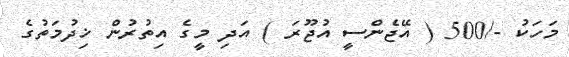
މަހަކު -/500 ( އޭޖެންސީ އުޖޫރަ ) އަދި މީގެ އިތުރުން ޚިދުމަތުގެ